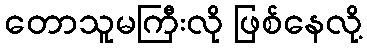
တောသူမကြီးလို ဖြစ်နေလို့